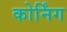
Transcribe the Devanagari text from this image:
कोर्निंग